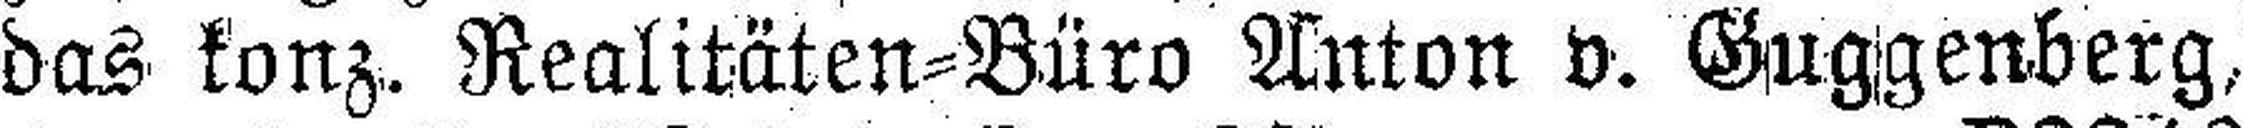
das konz. Realitäten=Büro Anton v. Guggenberg,